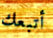
أتبعك